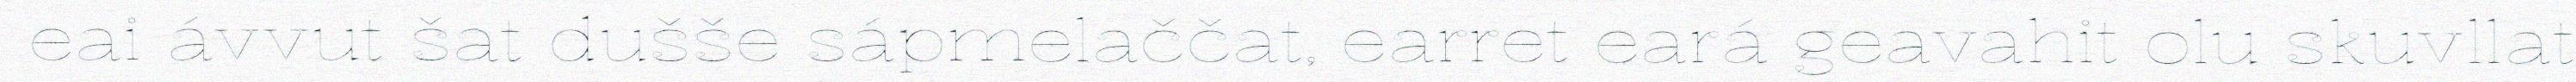
eai ávvut šat dušše sápmelaččat, earret eará geavahit olu skuvllat